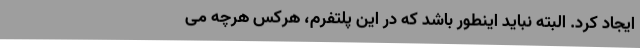
ایجاد کرد. البته نباید اینطور باشد که در این پلتفرم، هرکس هرچه می